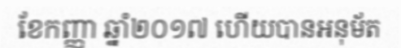
ខែកញ្ញា ឆ្នាំ២០១៧ ហើយបានអនុម័ត